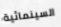
السينمائية